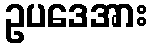
ဥပဒေအား